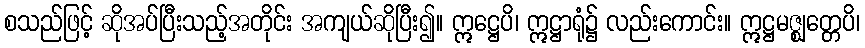
စသည်ဖြင့် ဆိုအပ်ပြီးသည့်အတိုင်း အကျယ်ဆိုပြီး၍။ ဣဋ္ဌေပိ၊ ဣဋ္ဌာရုံ၌ လည်းကောင်း။ ဣဋ္ဌမဇ္ဈတ္တေပိ၊